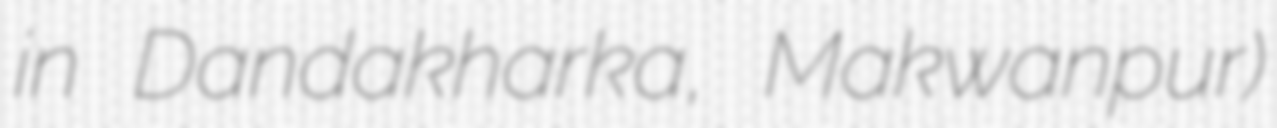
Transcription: in Dandakharka, Makwanpur)